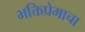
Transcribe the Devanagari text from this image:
भक्तिप्रेमाचा